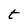
Character: t